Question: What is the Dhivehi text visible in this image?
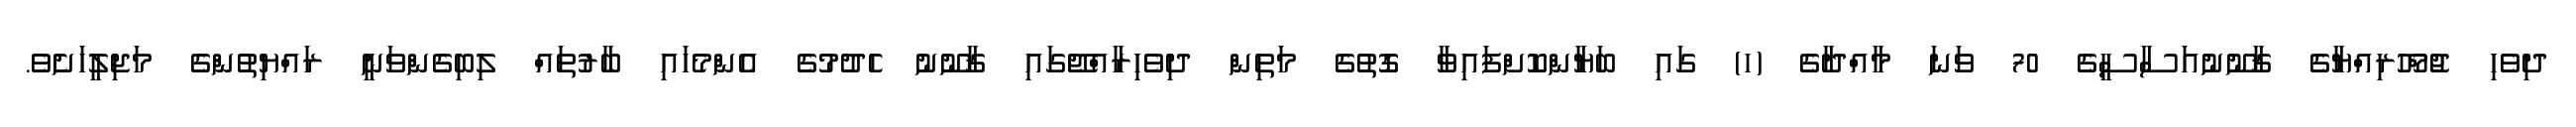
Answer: ދިވެހި ޖުމްހޫރިއްޔާގެ ޤާނޫނުއަސާސީގެ 70 ވަނަ މާއްދާގެ (ހ) ގައި ބަޔާންކޮށްފައިވާ ގޮތުގެ މަތިން ދިވެހިރާއްޖޭގައި ޤާނޫނު ހެދުމުގެ އެންމެހައި ބާރުތައް ލިބިގެންވަނީ ރައްޔިތުންގެ މަޖިލީހަށެވެ.